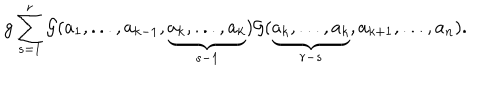
LaTeX: g \sum _ { s = 1 } ^ { r } { { \cal G } } ( a _ { 1 } , . . . , a _ { k - 1 } , \underbrace { a _ { k } , . . . , a _ { k } } _ { s - 1 } ) { { \cal G } } ( \underbrace { a _ { k } , . . . , a _ { k } } _ { r - s } , a _ { k + 1 } , . . . , a _ { n } ) .